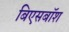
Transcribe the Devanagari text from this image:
बिएसबॉश